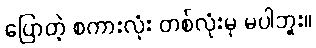
ပြောတဲ့ စကားလုံး တစ်လုံးမှ မပါဘူး။